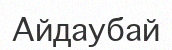
Айдаубай